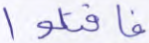
فاقتلوا